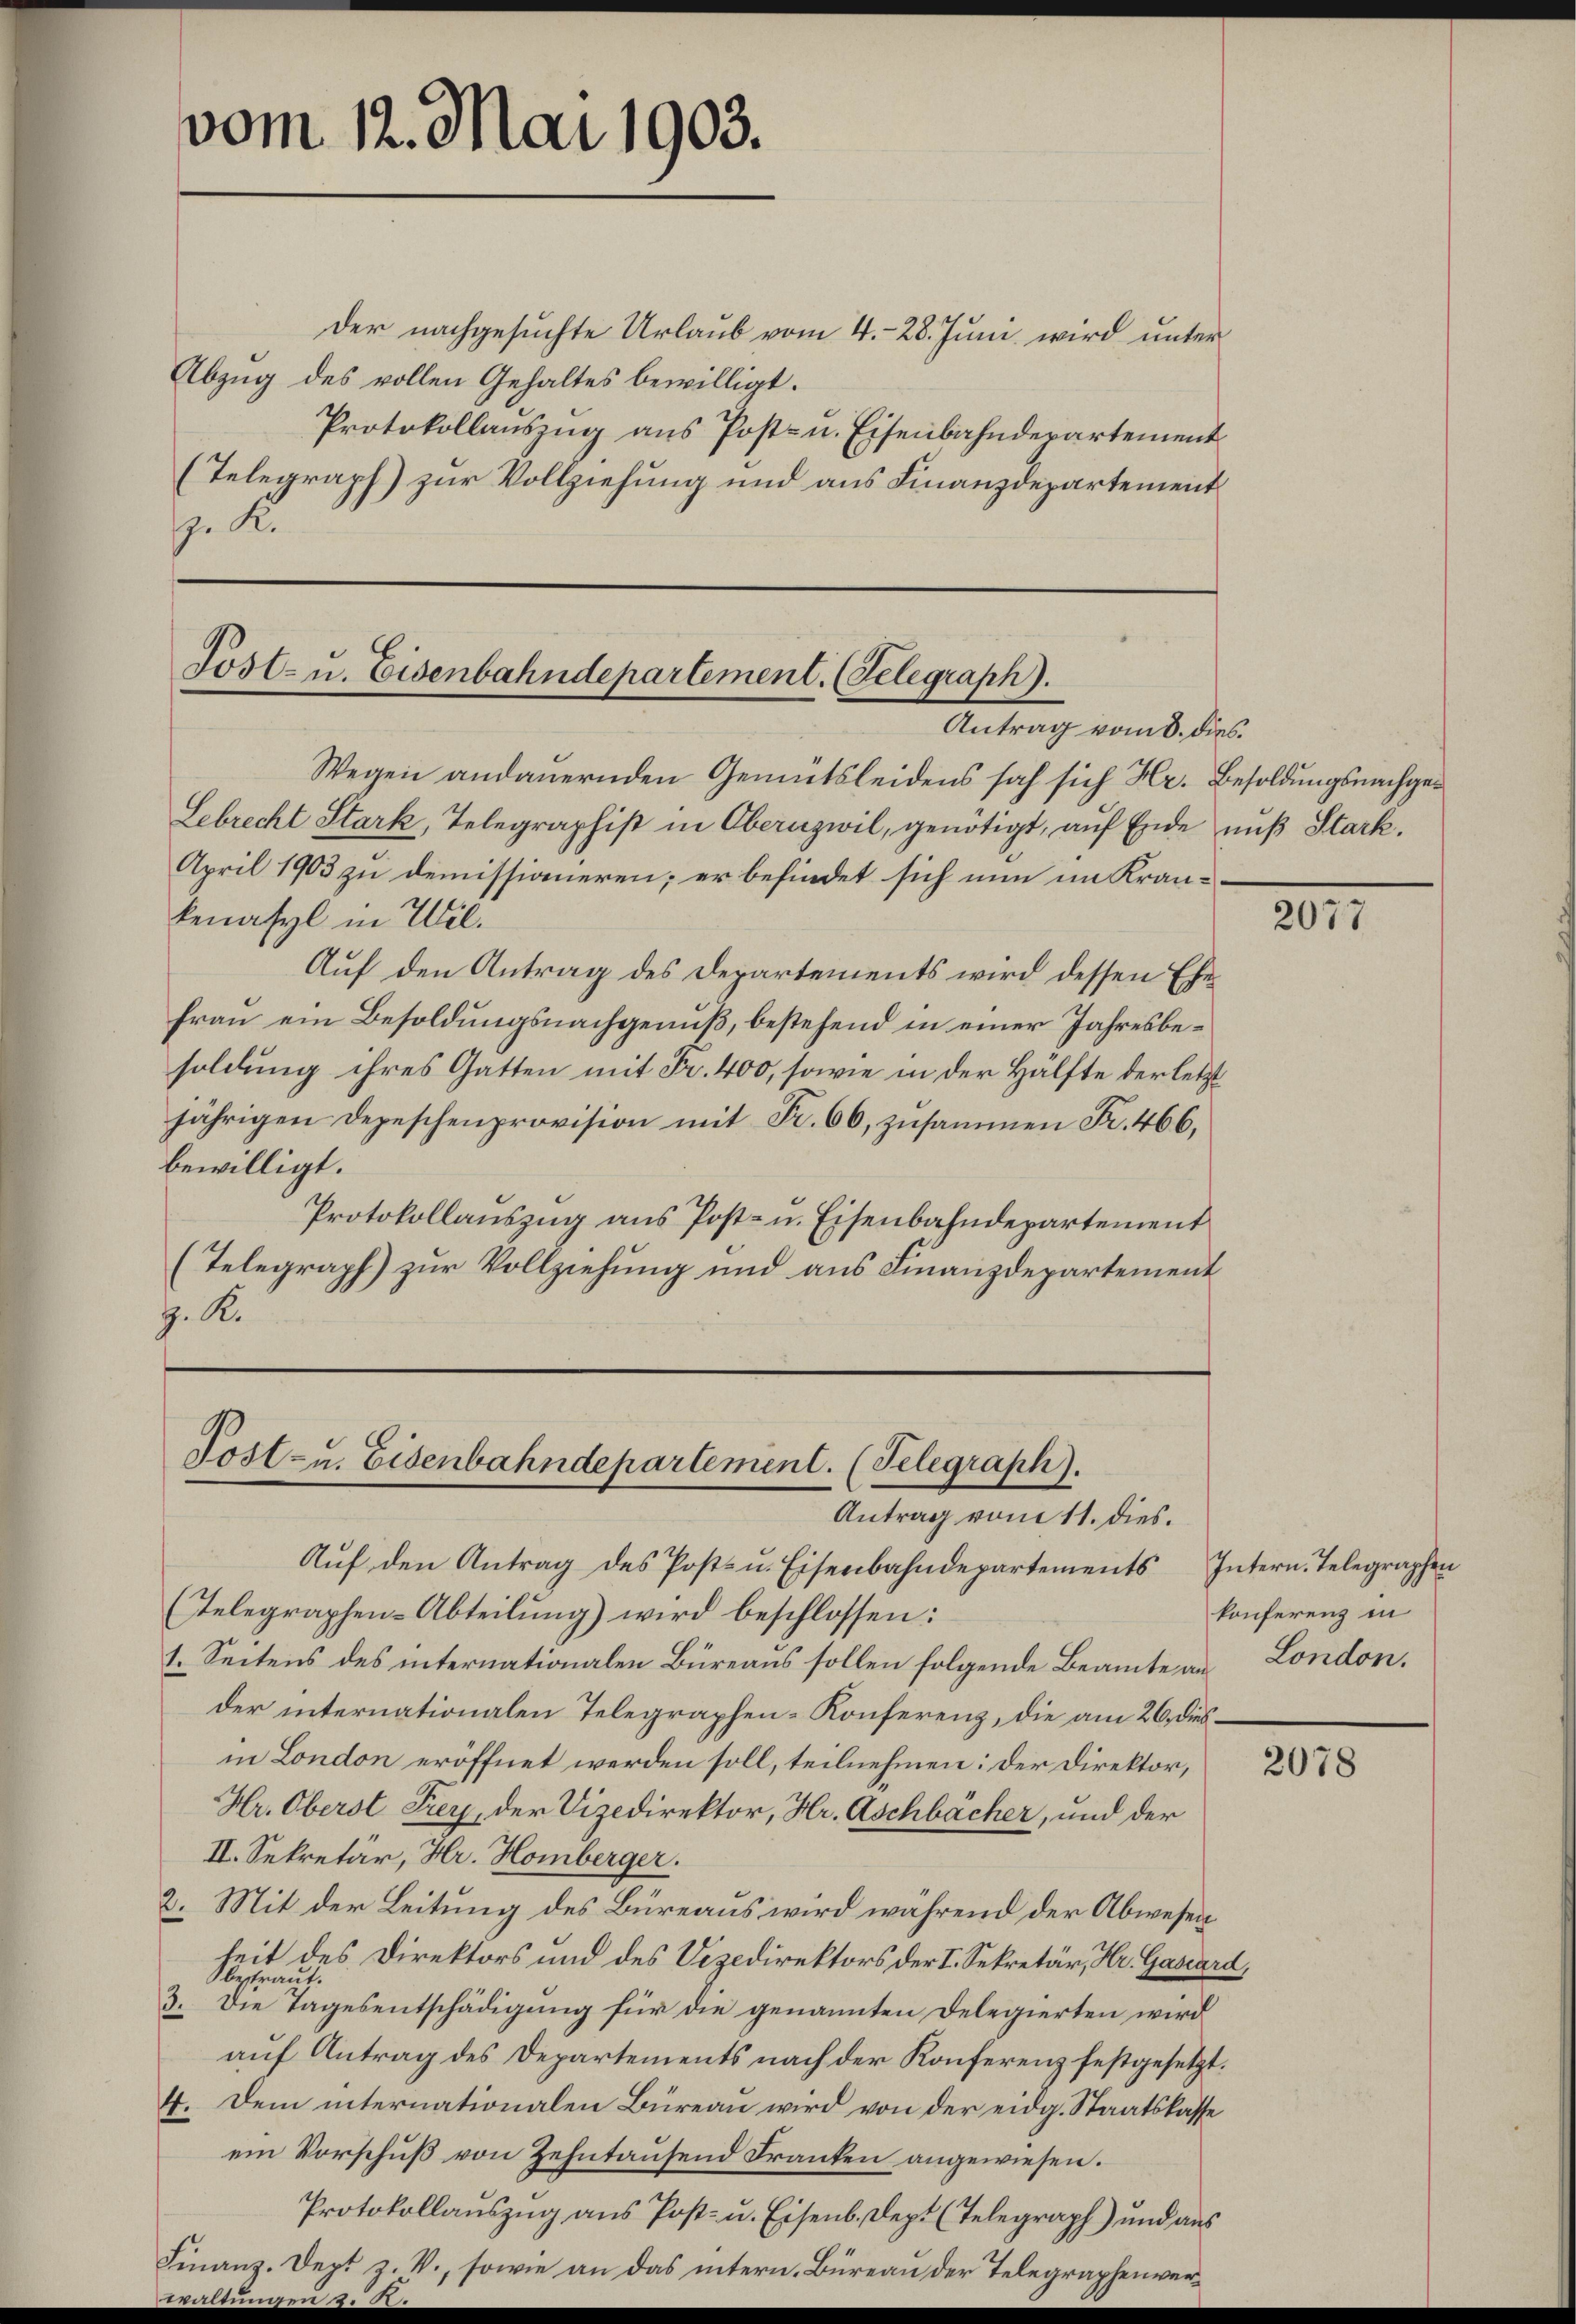
vom 12. Mai 1903.

der nachgesuchte Urlaub vom 4.- 28. Juni wird unter
Abzug des vollen Gehaltes bewilligt.
Protokollauszug aus Post- u. Eisenbahnderartement
(Telegraph) zur Vollziehung und aus Finanzdepartement
 K

Wegen andauernden Gemütsleidens sah sich Hr. Besoldungsnachge¬
Lebrecht Stark, Telegraphist in Obernzwil, genötigt, auf Ende nuß Stark.
April 1903 zu demissionieren; er befindet sich nun im Krankenasyl in Wil¬
Auf den Antrag des Departements wird dessen Ehefrau ein Besoldungsnachgenuß, bestehend in einer Jahresbesoldung ihres Gatten mit Fr. 400, sowie in der Hälfte der letzt
jährigen Depeschenprovision mit Fr. 66, zusammen Fr. 466,
bewilligt.
Protokollauszug aus Post- u. Eisenbahndepartement
(Telegraph) zur Vollziehung und aus Finanzdepartement
H. B.

Tost- u. Eisenbahndepartement. (Telegraph).
Antrag vom 8. dies

Post- u. Eisenbahndepartement. (Telegraph).
Antrag vom 11. dies.

Aŭf den Antrag des Posts u. Eisenbahndepartements Intern. Telegraphen
Telegraphen-Abteilung) wird beschlossen:
1. Seitens des internationalen Büreaus sollen folgende Beamte an London.
der internationalen Telegraphen-Konferenz, die am 26. diesin London eröffnet werden soll, teilnehmen: Der Direktor,
Hr. Oberst Frey, der Vizedirektor, Hr. Aschbacher, und der
II. Sekretär, Hr. Homberger.
2. Mit der Leitung des Büreaus wird während der Abwesen
heit des Direktors und des Vizedirektors der I. Sekretär, Hr. Gascard,
bestraut.
3. Die Tagesentschädigung für die genannten Delegierten wird
auf Antrag des Departements nach der Konferenz festgesetzt.
4. Dem internationalen Büreau wird von der eidg. Staatskasse
ein Vorschuß von Zehntausend Franken angewiesen.
Protokollaŭszŭg aŭs Post- u. Eisenb. Dept (Telegraph) und aŭs
Finanz-Dept z. V., sowie an das intern, Büreau der Telegraphenver¬

2077

konferenz in

2078